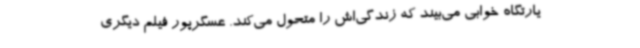
یارتگاه خوابی می‌بیند که زندگی‌اش را متحول می‌کند. عسگرپور فیلم دیگری